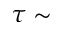
\tau \sim